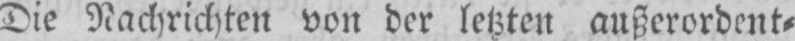
Die Nachrichten von der letzten außerordent⸗